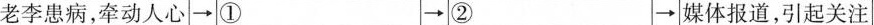
老李患病，牵动人心\rightarrow ①\rightarrow ②\rightarrow 媒体报道，引起关注